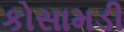
કોસામડી